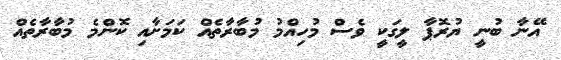
އޭނާ ބުނީ ޔުރޮޕާ ލީގަކީ ވެސް މުހިއްމު މުބާރާތެއް ކަމަށާއި ކޮންމެ މުބާރާތެއް